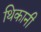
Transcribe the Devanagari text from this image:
थिकानी